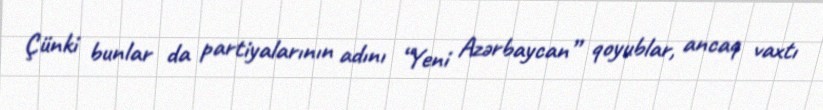
Çünki bunlar da partiyalarının adını “Yeni Azərbaycan” qoyublar, ancaq vaxtı